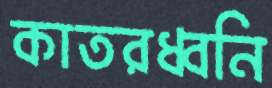
কাতরধ্বনি